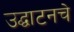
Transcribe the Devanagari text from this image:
उद्घाटनचे